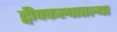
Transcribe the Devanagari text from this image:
द्वीपकल्पातल्या